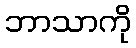
ဘာသာကို